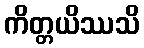
ကိတ္တယိဿသိ